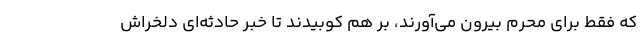
که فقط برای محرم بیرون می‌آورند، بر هم کوبیدند تا خبر حادثه‌ای دلخراش